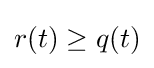
r(t)\geq q(t)